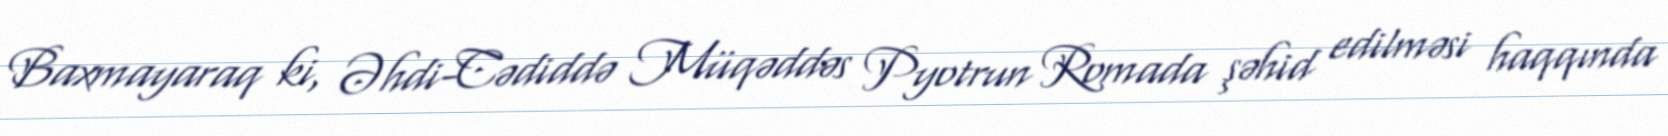
Baxmayaraq ki, Əhdi-Cədiddə Müqəddəs Pyotrun Romada şəhid edilməsi haqqında